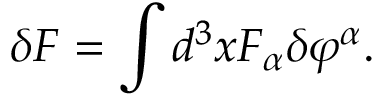
\delta { \cal F } = \int d ^ { 3 } x { \cal F } _ { \alpha } \delta \varphi ^ { \alpha } .